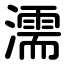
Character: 濡